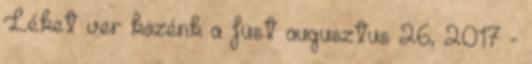
Léket ver közénk a füst augusztus 26, 2017 -